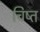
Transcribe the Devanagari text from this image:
चिष्त